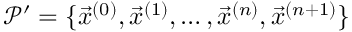
\mathcal { P } ^ { \prime } = \{ \vec { x } ^ { ( 0 ) } , \vec { x } ^ { ( 1 ) } , \ldots , \vec { x } ^ { ( n ) } , \vec { x } ^ { ( n + 1 ) } \}